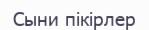
Сыни пікірлер